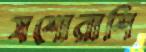
যশোরাশি